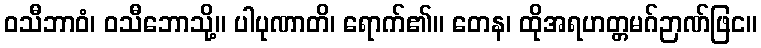
ဝသီဘာဝံ၊ ဝသီဘောသို့။ ပါပုဏာတိ၊ ရောက်၏။ တေန၊ ထိုအရဟတ္တမဂ်ဉာဏ်ဖြင။